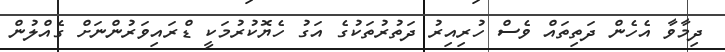
ދިމާވާ އެހެން ދަތިތައް ވެސް ހުރިއިރު ދަތުރުތަކުގެ އަގު ހެޔޮކުރުމަކީ ޑްރައިވަރުންނަށް ގެއްލުން